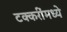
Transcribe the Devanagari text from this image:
टक्करींमध्ये